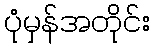
ပုံမှန်အတိုင်း